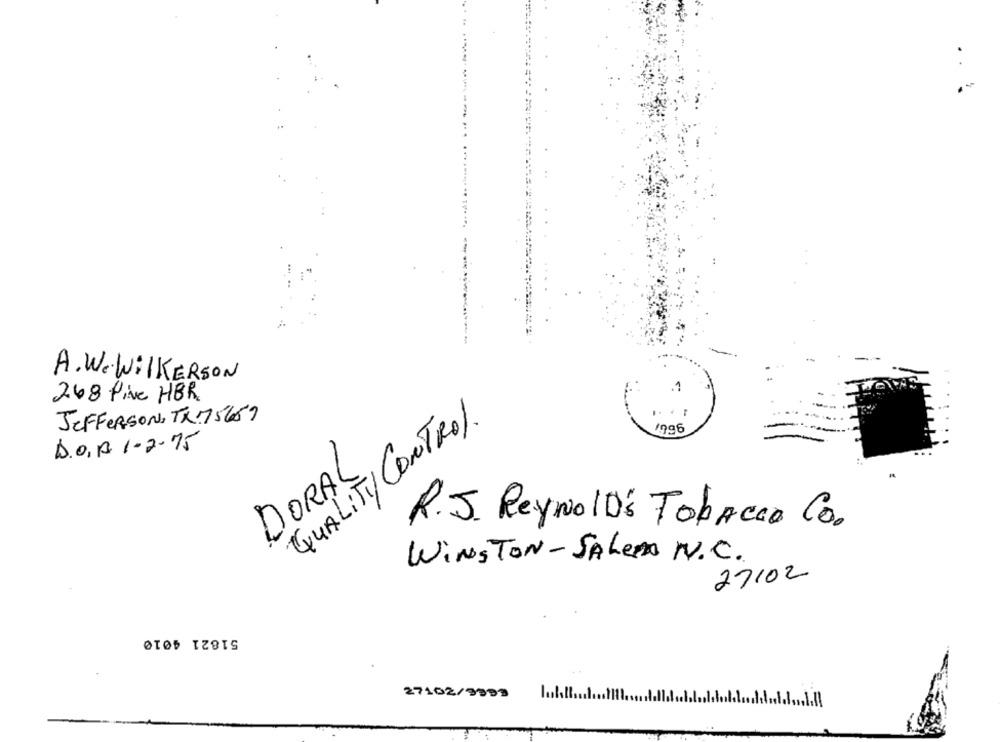
.
A. W. WilKERSON
.1
248 Pive HBR
QUALITY CONTROL.
JEFFERSON, TX75659
1996
D.O, A 1- 2-75
DORAL
R.J. ReynolD's Tobacco Co.
WINSTON-SALEM N.C.
27/02
51821 4010
27102/9993